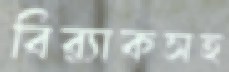
বির্যাকসহ